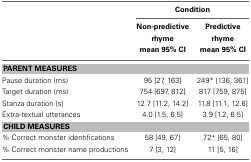
|  | <COLSPAN=2> Condition |
 |  | Non-predictive rhyme mean 95% CI | Predictive rhyme mean 95% CI |
 | --- | --- | --- |
 | <COLSPAN=3> PARENT MEASURES |
 | Pause duration (ms) | 95 [27, 163] | 249* [136, 361] |
 | Target duration (ms) | 754 [697, 812] | 817 [759, 875] |
 | Stanza duration (s) | 12.7 [11.2, 14.2] | 11.8 [11.1, 12.6] |
 | Extra-textual utterances | 4.0 [1.5, 6.5] | 3.9 [1.2, 6.5] |
 | <COLSPAN=3> CHILD MEASURES |
 | % Correct monster identifications | 58 [49, 67] | 72* [65, 80] |
 | % Correct monster name productions | 7 [3, 12] | 11 [5, 16] |